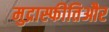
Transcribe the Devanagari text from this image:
मुद्रास्फीतिऔर